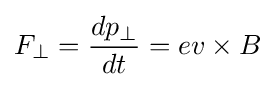
F_{\perp }={\frac {dp_{\perp }}{dt}}=ev\times B